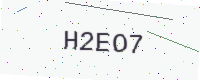
Text: H2EO7